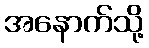
အနောက်သို့